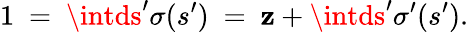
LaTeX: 1~=~\intds^{\prime}\sigma(s^{\prime})~=~\mathbf{z}+\intds^{\prime}\sigma^{\prime}(s^{\prime}).